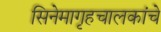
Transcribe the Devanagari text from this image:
सिनेमागृहचालकांचे